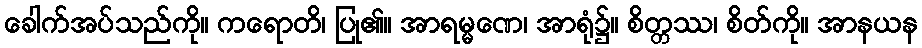
ခေါက်အပ်သည်ကို။ ကရောတိ၊ ပြု၏။ အာရမ္မဏေ၊ အာရုံ၌။ စိတ္တဿ၊ စိတ်ကို။ အာနယန